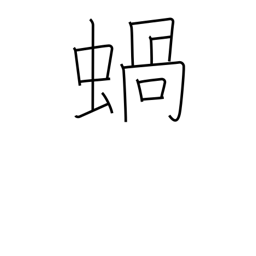
Meaning: snail